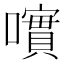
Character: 𡁃